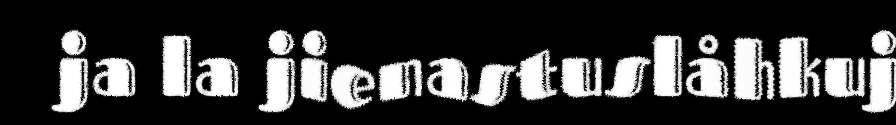
ja la jienastuslåhkuj